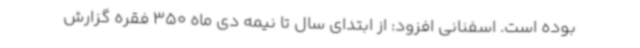
بوده است. اسفنانی افزود: از ابتدای سال تا نیمه دی ماه 350 فقره گزارش